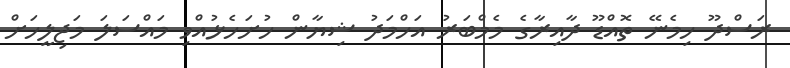
ރަސްދޫ ހިމެނޭ ތޮއްޑޫ ދާއިރާގެ މެމްބަރު އަހްމަދު ޝިޔާން ހުށަހެޅުއްވި މައްސަލަ މަޖިލީހަށް